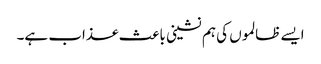
ایسے ظالموں کی ہم نشینی باعث عذاب ہے۔